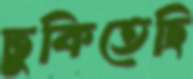
ঢুকিতেছি